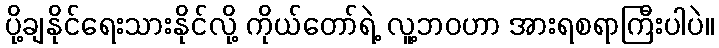
ပို့ချနိုင်ရေးသားနိုင်လို့ ကိုယ်တော်ရဲ့ လူ့ဘဝဟာ အားရစရာကြီးပါပဲ။